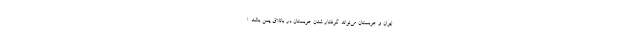
ایران و عربستان می‌تواند گرفتار شدن عربستان در باتلاق یمن باشد. ا